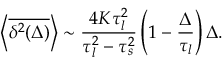
\left< \overline { { \delta ^ { 2 } ( \Delta ) } } \right> \sim \frac { 4 K \tau _ { l } ^ { 2 } } { \tau _ { l } ^ { 2 } - \tau _ { s } ^ { 2 } } \left( 1 - \frac { \Delta } { \tau _ { l } } \right) \Delta .